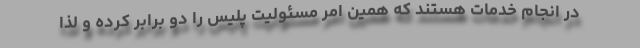
در انجام خدمات هستند که همین امر مسئولیت پلیس را دو برابر کرده و لذا